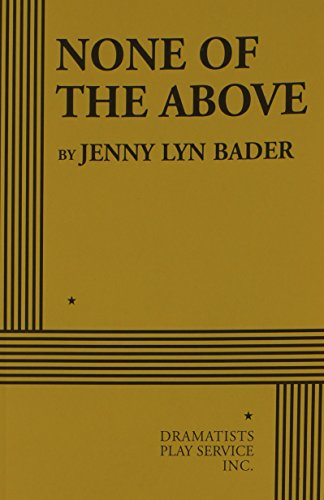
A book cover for None of the Above - Acting Edition; Jenny Lyn Bader; Humor & Entertainment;